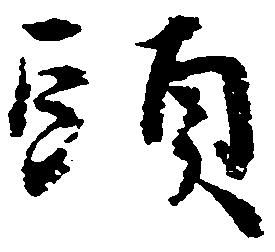
頭